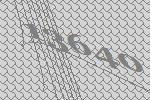
13640